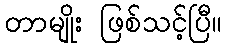
တာမျိုး ဖြစ်သင့်ပြီ။